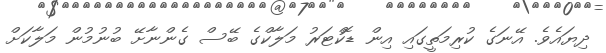
ދިޔައެވެ. އޭނަގެ ކުރިމަތީގައި އިން ޑޮކްޓަރު މަލާކްގެ ބޭސް ގެންނާށޭ ބުނުމުން މަލާކަށް